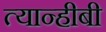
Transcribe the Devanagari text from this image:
त्यान्हीबी